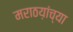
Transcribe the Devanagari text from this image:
मराठय़ांच्या